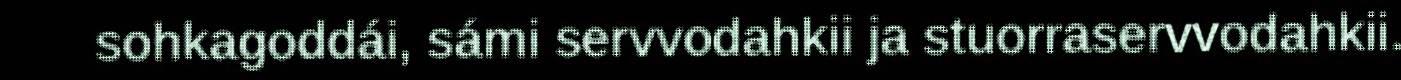
sohkagoddái, sámi servvodahkii ja stuorraservvodahkii.